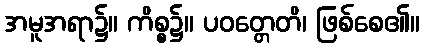
အမူအရာ၌။ ကိစ္စ၌။ ပဝတ္တေတိ၊ ဖြစ်စေ၏။